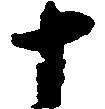
十